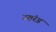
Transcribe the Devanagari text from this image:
उतंरड